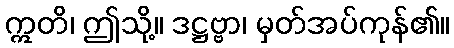
ဣတိ၊ ဤသို့။ ဒဋ္ဌဗ္ဗာ၊ မှတ်အပ်ကုန်၏။